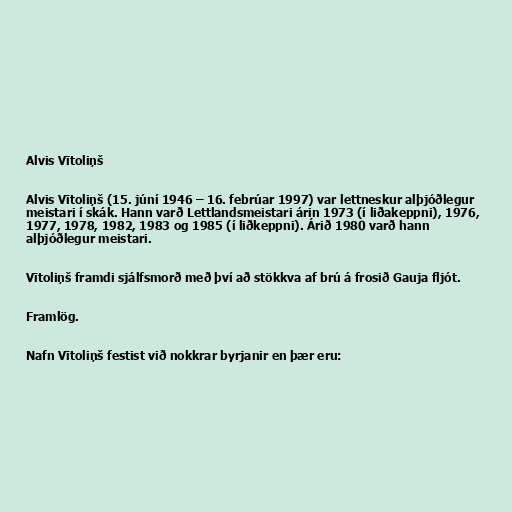
Alvis Vītoliņš

Alvis Vītoliņš (15. júní 1946 – 16. febrúar 1997) var lettneskur alþjóðlegur
meistari í skák. Hann varð Lettlandsmeistari árin 1973 (í liðakeppni), 1976,
1977, 1978, 1982, 1983 og 1985 (í liðkeppni). Árið 1980 varð hann
alþjóðlegur meistari.

Vītoliņš framdi sjálfsmorð með því að stökkva af brú á frosið Gauja fljót.

Framlög.

Nafn Vītoliņš festist við nokkrar byrjanir en þær eru: